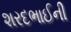
શરદભાઈની